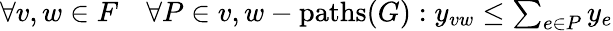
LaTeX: \begin{array}{r}{\forall v,w\in F\quad\forall P\in v,w-\mathrm{paths}(G):y_{vw}\leq\sum_{e\in P}y_{e}}\end{array}